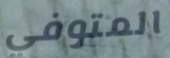
المتوفي